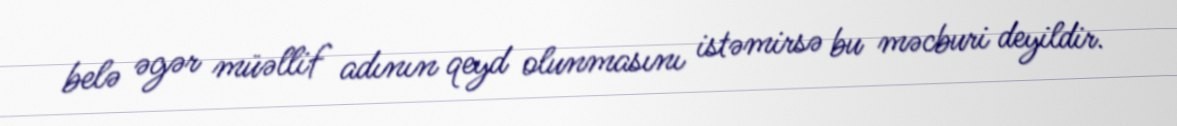
belə əgər müəllif adının qeyd olunmasını istəmirsə bu məcburi deyildir.